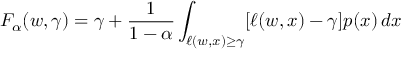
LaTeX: F _ { \alpha } ( w , \gamma ) = \gamma + { \frac { 1 } { 1 - \alpha } } \int _ { \ell ( w , x ) \geq \gamma } [ \ell ( w , x ) - \gamma ] p ( x ) \, d x